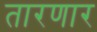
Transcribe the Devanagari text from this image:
तारणार